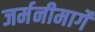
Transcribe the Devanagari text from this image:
जर्मनीमार्गे